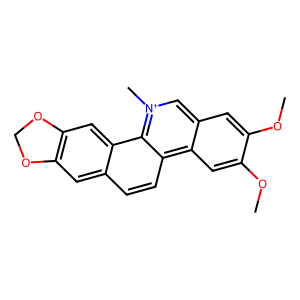
SMILES: COc1cc2c[n+](C)c3c4cc5c(cc4ccc3c2cc1OC)OCO5
Inhibits HIV replication: No